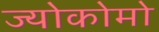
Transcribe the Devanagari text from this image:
ज्योकोमो